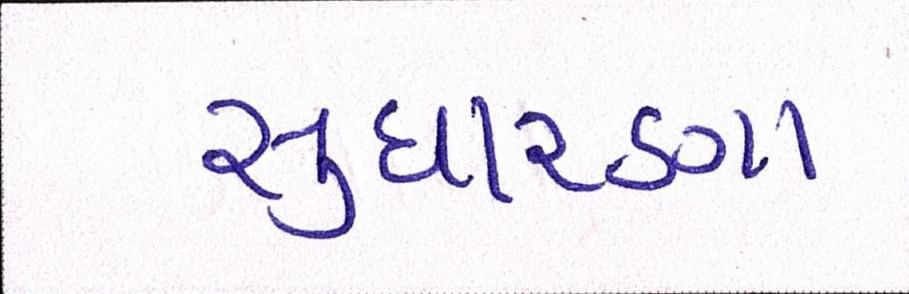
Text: સુધારણા